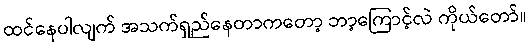
ထင်နေပါလျက် အသက်ရှည်နေတာကတော့ ဘာ့ကြောင့်လဲ ကိုယ်တော်။